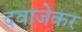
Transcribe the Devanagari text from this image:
दवाजेकर